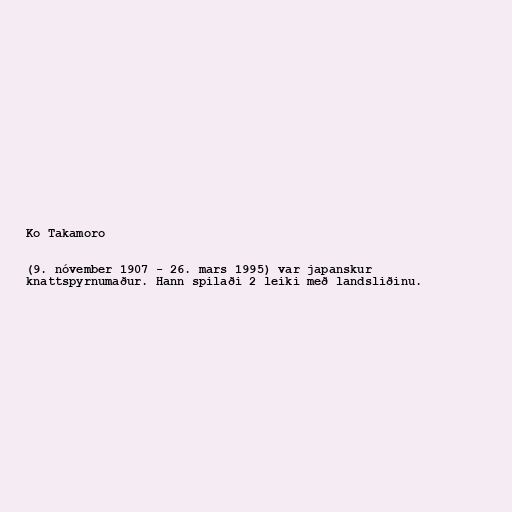
Ko Takamoro

(9. nóvember 1907 - 26. mars 1995) var japanskur
knattspyrnumaður. Hann spilaði 2 leiki með landsliðinu.